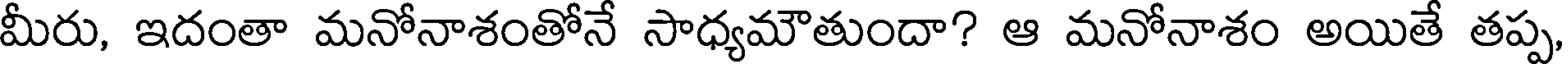
మీరు, ఇదంతా మనోనాశంతోనే సాధ్యమౌతుందా? ఆ మనోనాశం అయితే తప్ప